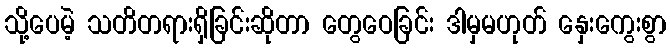
သို့ပေမဲ့ သတိတရားရှိခြင်းဆိုတာ တွေဝေခြင်း ဒါမှမဟုတ် နှေးကွေးစွာ